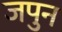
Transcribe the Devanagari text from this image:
जपुन